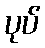
ပုပ်